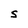
Character: S